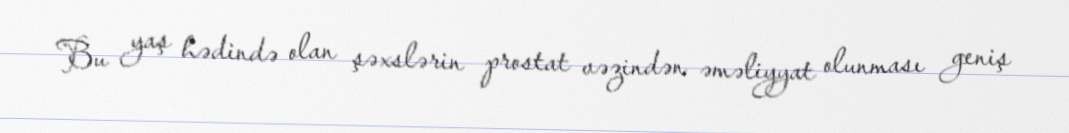
Bu yaş hədində olan şəxslərin prostat vəzindən əməliyyat olunması geniş